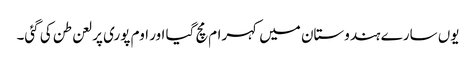
یوں سارے ہندوستان میں کہرام مچ گیا اور اوم پوری پر لعن طن کی گئی۔